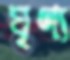
ঘৃণ্য